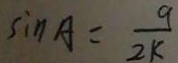
\sin A = \frac { 9 } { 2 k }